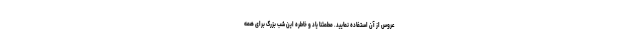
عروس از آن استفاده نمایید. مطمئنا یاد و خاطره این شب بزرگ برای همه